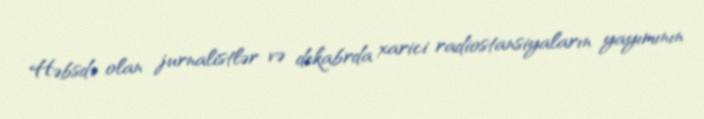
Həbsdə olan jurnalistlər və dekabrda xarici radiostansiyaların yayımının